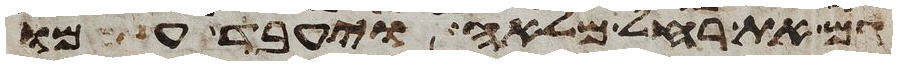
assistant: גם את רחל מלאה ויעבד עמו